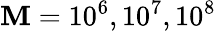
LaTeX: \mathbf{M}=10^{6},10^{7},10^{8}